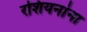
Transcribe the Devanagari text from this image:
रशियनांना